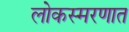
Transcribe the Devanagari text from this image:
लोकस्मरणात